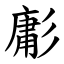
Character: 㣑